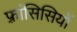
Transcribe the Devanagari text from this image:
फ़्रांसिसियों